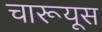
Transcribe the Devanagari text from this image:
चारूयूस